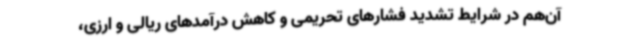
آن‌هم در شرایط تشدید فشارهای تحریمی و کاهش درآمدهای ریالی و ارزی،